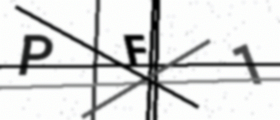
Text: PF1